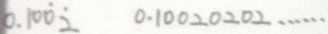
0 . 1 0 \dot { 0 } \dot { 2 } 0 . 1 0 0 2 0 2 0 2 \cdots